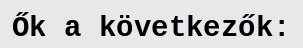
Ők a következők: